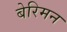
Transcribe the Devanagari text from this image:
बेरिमन